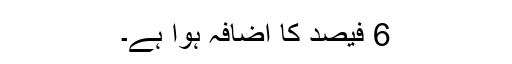
6 فیصد کا اضافہ ہوا ہے۔